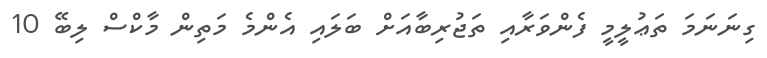
ގިނަނަމަ ތަޢުލީމީ ފެންވަރާއި ތަޖުރިބާއަށް ބަލައި އެންމެ މަތިން މާކްސް ލިބޭ 10